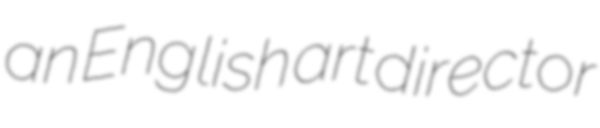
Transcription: an English art director